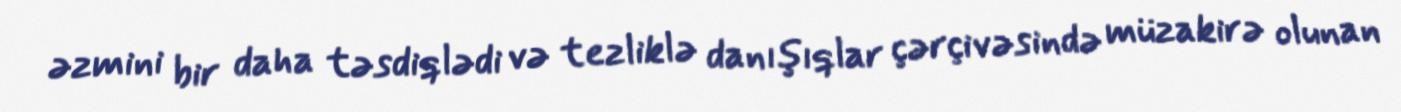
əzmini bir daha təsdiqlədi və tezliklə danışıqlar çərçivəsində müzakirə olunan